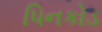
પિનકોડ